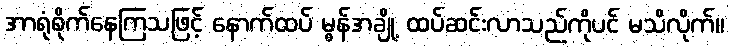
အာရုံစိုက်နေကြသဖြင့် နောက်ထပ် မွန်အချို့ ထပ်ဆင်းလာသည်ကိုပင် မသိလိုက်။